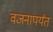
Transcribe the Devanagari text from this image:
वजनापर्यंत